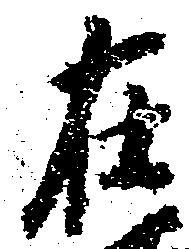
在